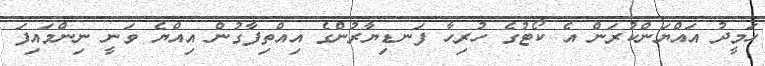
ހަމީދު އައްޔަންކުރަން އެ ކޯޓުގެ ހުރިހާ ފަނޑިޔާރުންގެ އިއްތިފާގުން އިއްޔެ ވަނީ ނިންމައިފަ